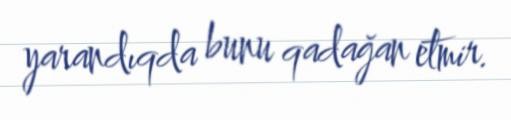
yarandıqda bunu qadağan etmir.